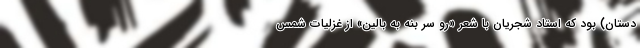
دستان) بود که استاد شجریان با شعر «رو سر بنه به بالین» از غزلیات شمس